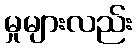
မှုများလည်း